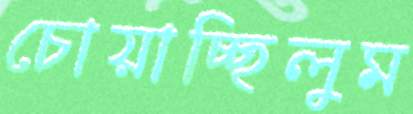
চোয়াচ্ছিলুম